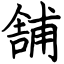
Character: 舗